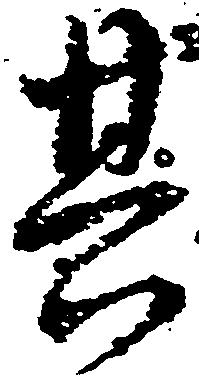
其